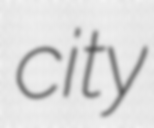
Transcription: city